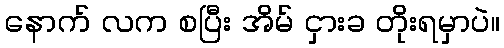
နောက် လက စပြီး အိမ် ငှားခ တိုးရမှာပဲ။